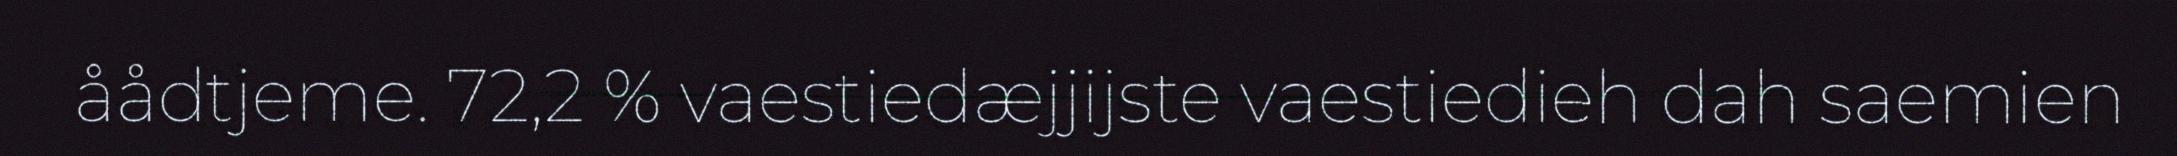
åådtjeme. 72,2 % vaestiedæjjijste vaestiedieh dah saemien